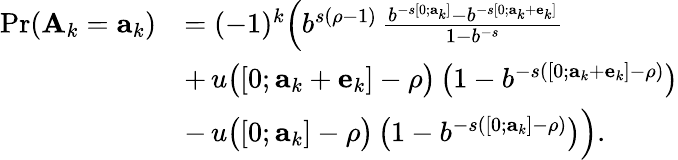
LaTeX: \begin{array}{rl}{\operatorname*{Pr}(\mathbf{A}_{k}=\mathbf{a}_{k})}&{=(-1)^{k}\Big(b^{s(\rho-1)}\, \frac{b^{-s[0;\mathbf{a}_{k}]}-b^{-s[0;\mathbf{a}_{k}+\mathbf{e}_{k}]}}{1-b^{-s}}}\\ &{+\, u\big([0;\mathbf{a}_{k}+\mathbf{e}_{k}]-\rho\big)\, \big(1-b^{-s([0;\mathbf{a}_{k}+\mathbf{e}_{k}]-\rho)}\big)}\\ &{-\, u\big([0;\mathbf{a}_{k}]-\rho\big)\, \big(1-b^{-s([0;\mathbf{a}_{k}]-\rho)}\big)\Big).}\end{array}